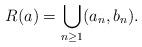
LaTeX: \begin{align*}R(a)=\bigcup_{n\geq 1} (a_n,b_n).\end{align*}